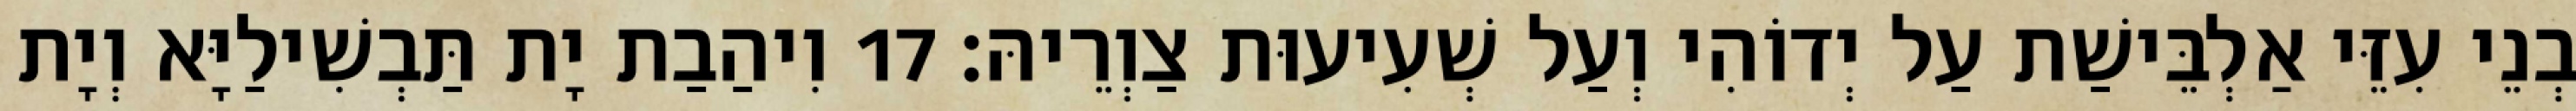
בְנֵי עִזֵּי אַלְבֵּישַׁת עַל יְדוֹהִי וְעַל שְׁעִיעוּת צַוְרֵיהּ׃ 17 וִיהַבַת יָת תַּבְשִׁילַיָּא וְיָת